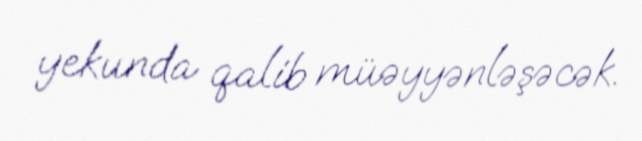
yekunda qalib müəyyənləşəcək.